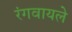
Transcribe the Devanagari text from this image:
रंगवायले